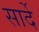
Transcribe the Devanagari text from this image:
सार्दे